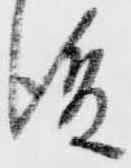
後